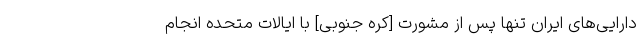
دارایی‌های ایران تنها پس از مشورت [کره جنوبی] با ایالات متحده انجام